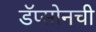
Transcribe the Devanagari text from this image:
डॅप्सोनची